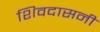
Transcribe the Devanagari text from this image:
शिवदासनी